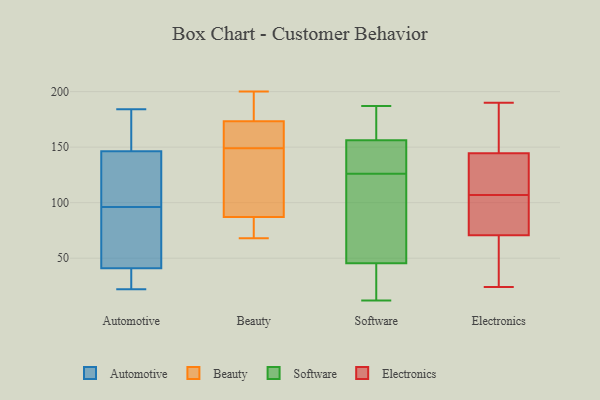
{"axis": {"x": "Bounce Rate (%)", "y": "Value"}, "legend": ["Automotive", "Beauty", "Electronics", "Software"], "data": [{"x": "", "y": 125, "type": "Automotive"}, {"x": "", "y": 181, "type": "Automotive"}, {"x": "", "y": 22, "type": "Automotive"}, {"x": "", "y": 79, "type": "Automotive"}, {"x": "", "y": 53, "type": "Automotive"}, {"x": "", "y": 37, "type": "Automotive"}, {"x": "", "y": 129, "type": "Automotive"}, {"x": "", "y": 96, "type": "Automotive"}, {"x": "", "y": 152, "type": "Automotive"}, {"x": "", "y": 184, "type": "Automotive"}, {"x": "", "y": 34, "type": "Automotive"}, {"x": "", "y": 200, "type": "Beauty"}, {"x": "", "y": 88, "type": "Beauty"}, {"x": "", "y": 143, "type": "Beauty"}, {"x": "", "y": 164, "type": "Beauty"}, {"x": "", "y": 173, "type": "Beauty"}, {"x": "", "y": 119, "type": "Beauty"}, {"x": "", "y": 179, "type": "Beauty"}, {"x": "", "y": 80, "type": "Beauty"}, {"x": "", "y": 68, "type": "Beauty"}, {"x": "", "y": 159, "type": "Beauty"}, {"x": "", "y": 84, "type": "Beauty"}, {"x": "", "y": 149, "type": "Beauty"}, {"x": "", "y": 174, "type": "Beauty"}, {"x": "", "y": 164, "type": "Software"}, {"x": "", "y": 131, "type": "Software"}, {"x": "", "y": 98, "type": "Software"}, {"x": "", "y": 18, "type": "Software"}, {"x": "", "y": 102, "type": "Software"}, {"x": "", "y": 97, "type": "Software"}, {"x": "", "y": 12, "type": "Software"}, {"x": "", "y": 35, "type": "Software"}, {"x": "", "y": 185, "type": "Software"}, {"x": "", "y": 179, "type": "Software"}, {"x": "", "y": 187, "type": "Software"}, {"x": "", "y": 126, "type": "Software"}, {"x": "", "y": 187, "type": "Software"}, {"x": "", "y": 31, "type": "Software"}, {"x": "", "y": 22, "type": "Software"}, {"x": "", "y": 133, "type": "Software"}, {"x": "", "y": 126, "type": "Software"}, {"x": "", "y": 130, "type": "Software"}, {"x": "", "y": 77, "type": "Software"}, {"x": "", "y": 107, "type": "Electronics"}, {"x": "", "y": 152, "type": "Electronics"}, {"x": "", "y": 93, "type": "Electronics"}, {"x": "", "y": 40, "type": "Electronics"}, {"x": "", "y": 44, "type": "Electronics"}, {"x": "", "y": 190, "type": "Electronics"}, {"x": "", "y": 116, "type": "Electronics"}, {"x": "", "y": 140, "type": "Electronics"}, {"x": "", "y": 116, "type": "Electronics"}, {"x": "", "y": 43, "type": "Electronics"}, {"x": "", "y": 24, "type": "Electronics"}, {"x": "", "y": 77, "type": "Electronics"}, {"x": "", "y": 135, "type": "Electronics"}, {"x": "", "y": 181, "type": "Electronics"}, {"x": "", "y": 70, "type": "Electronics"}, {"x": "", "y": 146, "type": "Electronics"}, {"x": "", "y": 171, "type": "Electronics"}, {"x": "", "y": 81, "type": "Electronics"}, {"x": "", "y": 73, "type": "Electronics"}]}